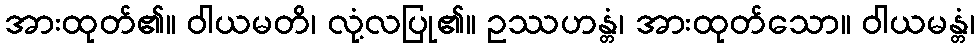
အားထုတ်၏။ ဝါယမတိ၊ လုံ့လပြု၏။ ဥဿဟန္တံ၊ အားထုတ်သော။ ဝါယမန္တံ၊